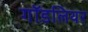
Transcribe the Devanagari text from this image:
गॉडलियर